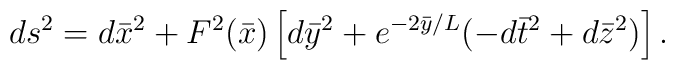
ds^2 = d {\bar x}^2 + F^2({\bar x})\left[ d{\bar y}^2+ e^{-2{\bar y}/L} (-d{\bar t}^2+d{\bar z}^2) \right].